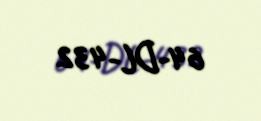
64-DL-432